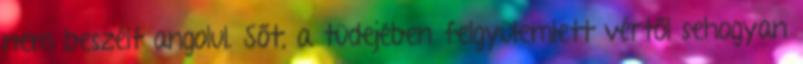
nem beszélt angolul. Sőt, a tüdejében felgyülemlett vértől sehogyan